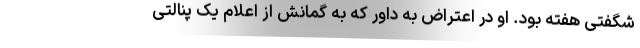
شگفتی هفته بود. او در اعتراض به داور که به گمانش از اعلام یک پنالتی